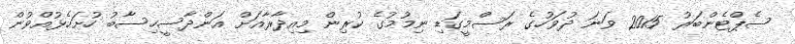
ސެޕްޓެންބަރު 2015 ވަނަ ދުވަހުގެ ރަސްމީގަޑި ނިމުމުގެ ކުރިން މިއިދާރާއަށް އަންދާސީހިސާބު ހުށަހެޅުއްވުން